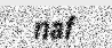
naf